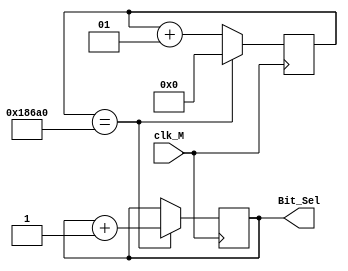
//  
module refresh(
    input wire clk_M,    // 
    output reg [2:0] Bit_Sel  // 
);
    // 
    integer counter = 0;
    initial begin Bit_Sel <= 3'b000; end   // 0
    always@(posedge clk_M)    // 
        begin
            counter <= counter + 1;   // 1
            // 50MHz  62.5Hz  16ms  4ms
            if(counter == 100000)   //  4ms
            begin 
                Bit_Sel <= Bit_Sel + 3'b001;   //  1
                counter <= 0;   // 
            end
        end
endmodule